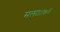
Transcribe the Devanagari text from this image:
मला।।७।।